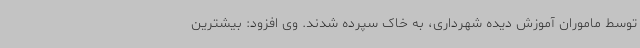
توسط ماموران آموزش دیده شهرداری، به خاک سپرده شدند. وی افزود: بیشترین